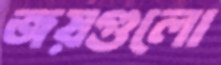
জয়গুলো